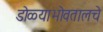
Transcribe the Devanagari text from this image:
डोळ्याभोवतालचे